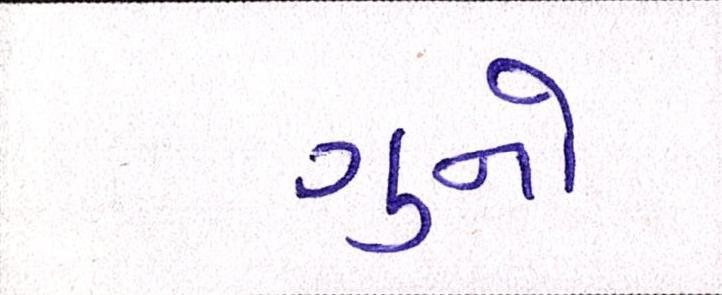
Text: ગુનો